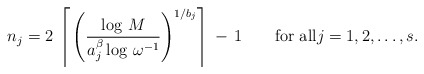
\begin{align*}n_j=2\,\left\lceil\,\left(\frac{\log\,M}{a_j^{\beta}\log\,\omega^{-1}}\right)^{1/b_j}\right\rceil\,-\,1\qquad\textnormal{for all}j=1,2,\dots,s.\end{align*}